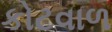
કોટવાળ